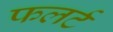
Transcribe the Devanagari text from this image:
फलर्ट